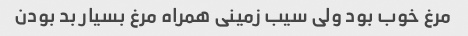
مرغ خوب بود ولی سیب زمینی همراه مرغ بسیار بد بودن